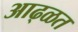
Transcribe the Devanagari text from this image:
आढ्ळत